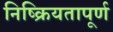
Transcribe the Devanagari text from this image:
निष्क्रियतापूर्ण